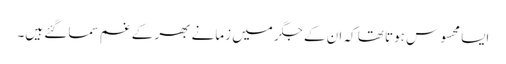
ایسا محسوس ہوتا تھا کہ ان کے جگر میں زمانے بھر کے غم سما گئے ہیں۔